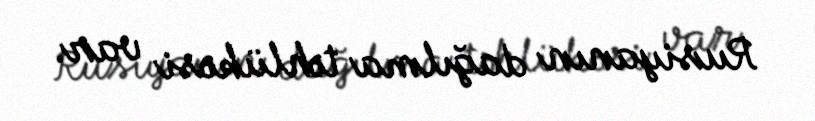
Rusiyanın dağılma təhlükəsi var.